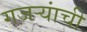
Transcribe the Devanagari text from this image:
गजर्‍यांची